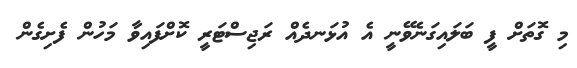
މި ގޮތަށް ފީ ބަލައިގަނެވޭނީ އެ އުޅަނދެއް ރަޖިސްޓަރީ ކޮށްފައިވާ މަހުން ފެށިގެން